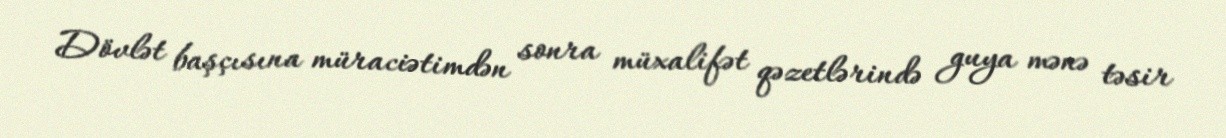
Dövlət başçısına müraciətimdən sonra müxalifət qəzetlərində guya mənə təsir